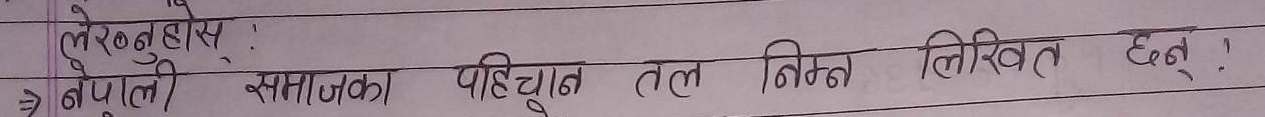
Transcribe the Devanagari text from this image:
लेख्नुहोस्।
नेपाली समाजका पहिचान तल निम्न लिखित छन्।